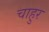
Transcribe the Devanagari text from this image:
चाहुर